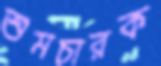
শুমচারক